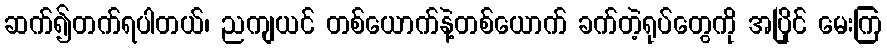
ဆက်၍တက်ရပါတယ်၊ ညကျယင် တစ်ယောက်နဲ့တစ်ယောက် ခက်တဲ့ရုပ်တွေကို အပြိုင် မေးကြ